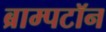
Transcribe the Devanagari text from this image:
ब्राम्पटॉन